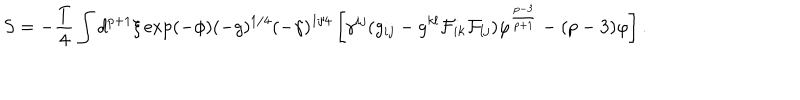
S = - { \frac { T } { 4 } } \int d ^ { p + 1 } \xi \exp ( - \phi ) ( - g ) ^ { 1 / 4 } ( - \gamma ) ^ { 1 / 4 } \left[ \gamma ^ { i j } ( g _ { i j } - g ^ { k l } { \cal F } _ { i k } { \cal F } _ { l j } ) \varphi ^ { \frac { p - 3 } { p + 1 } } - ( p - 3 ) \varphi \right] .